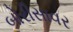
બોરીસાવર